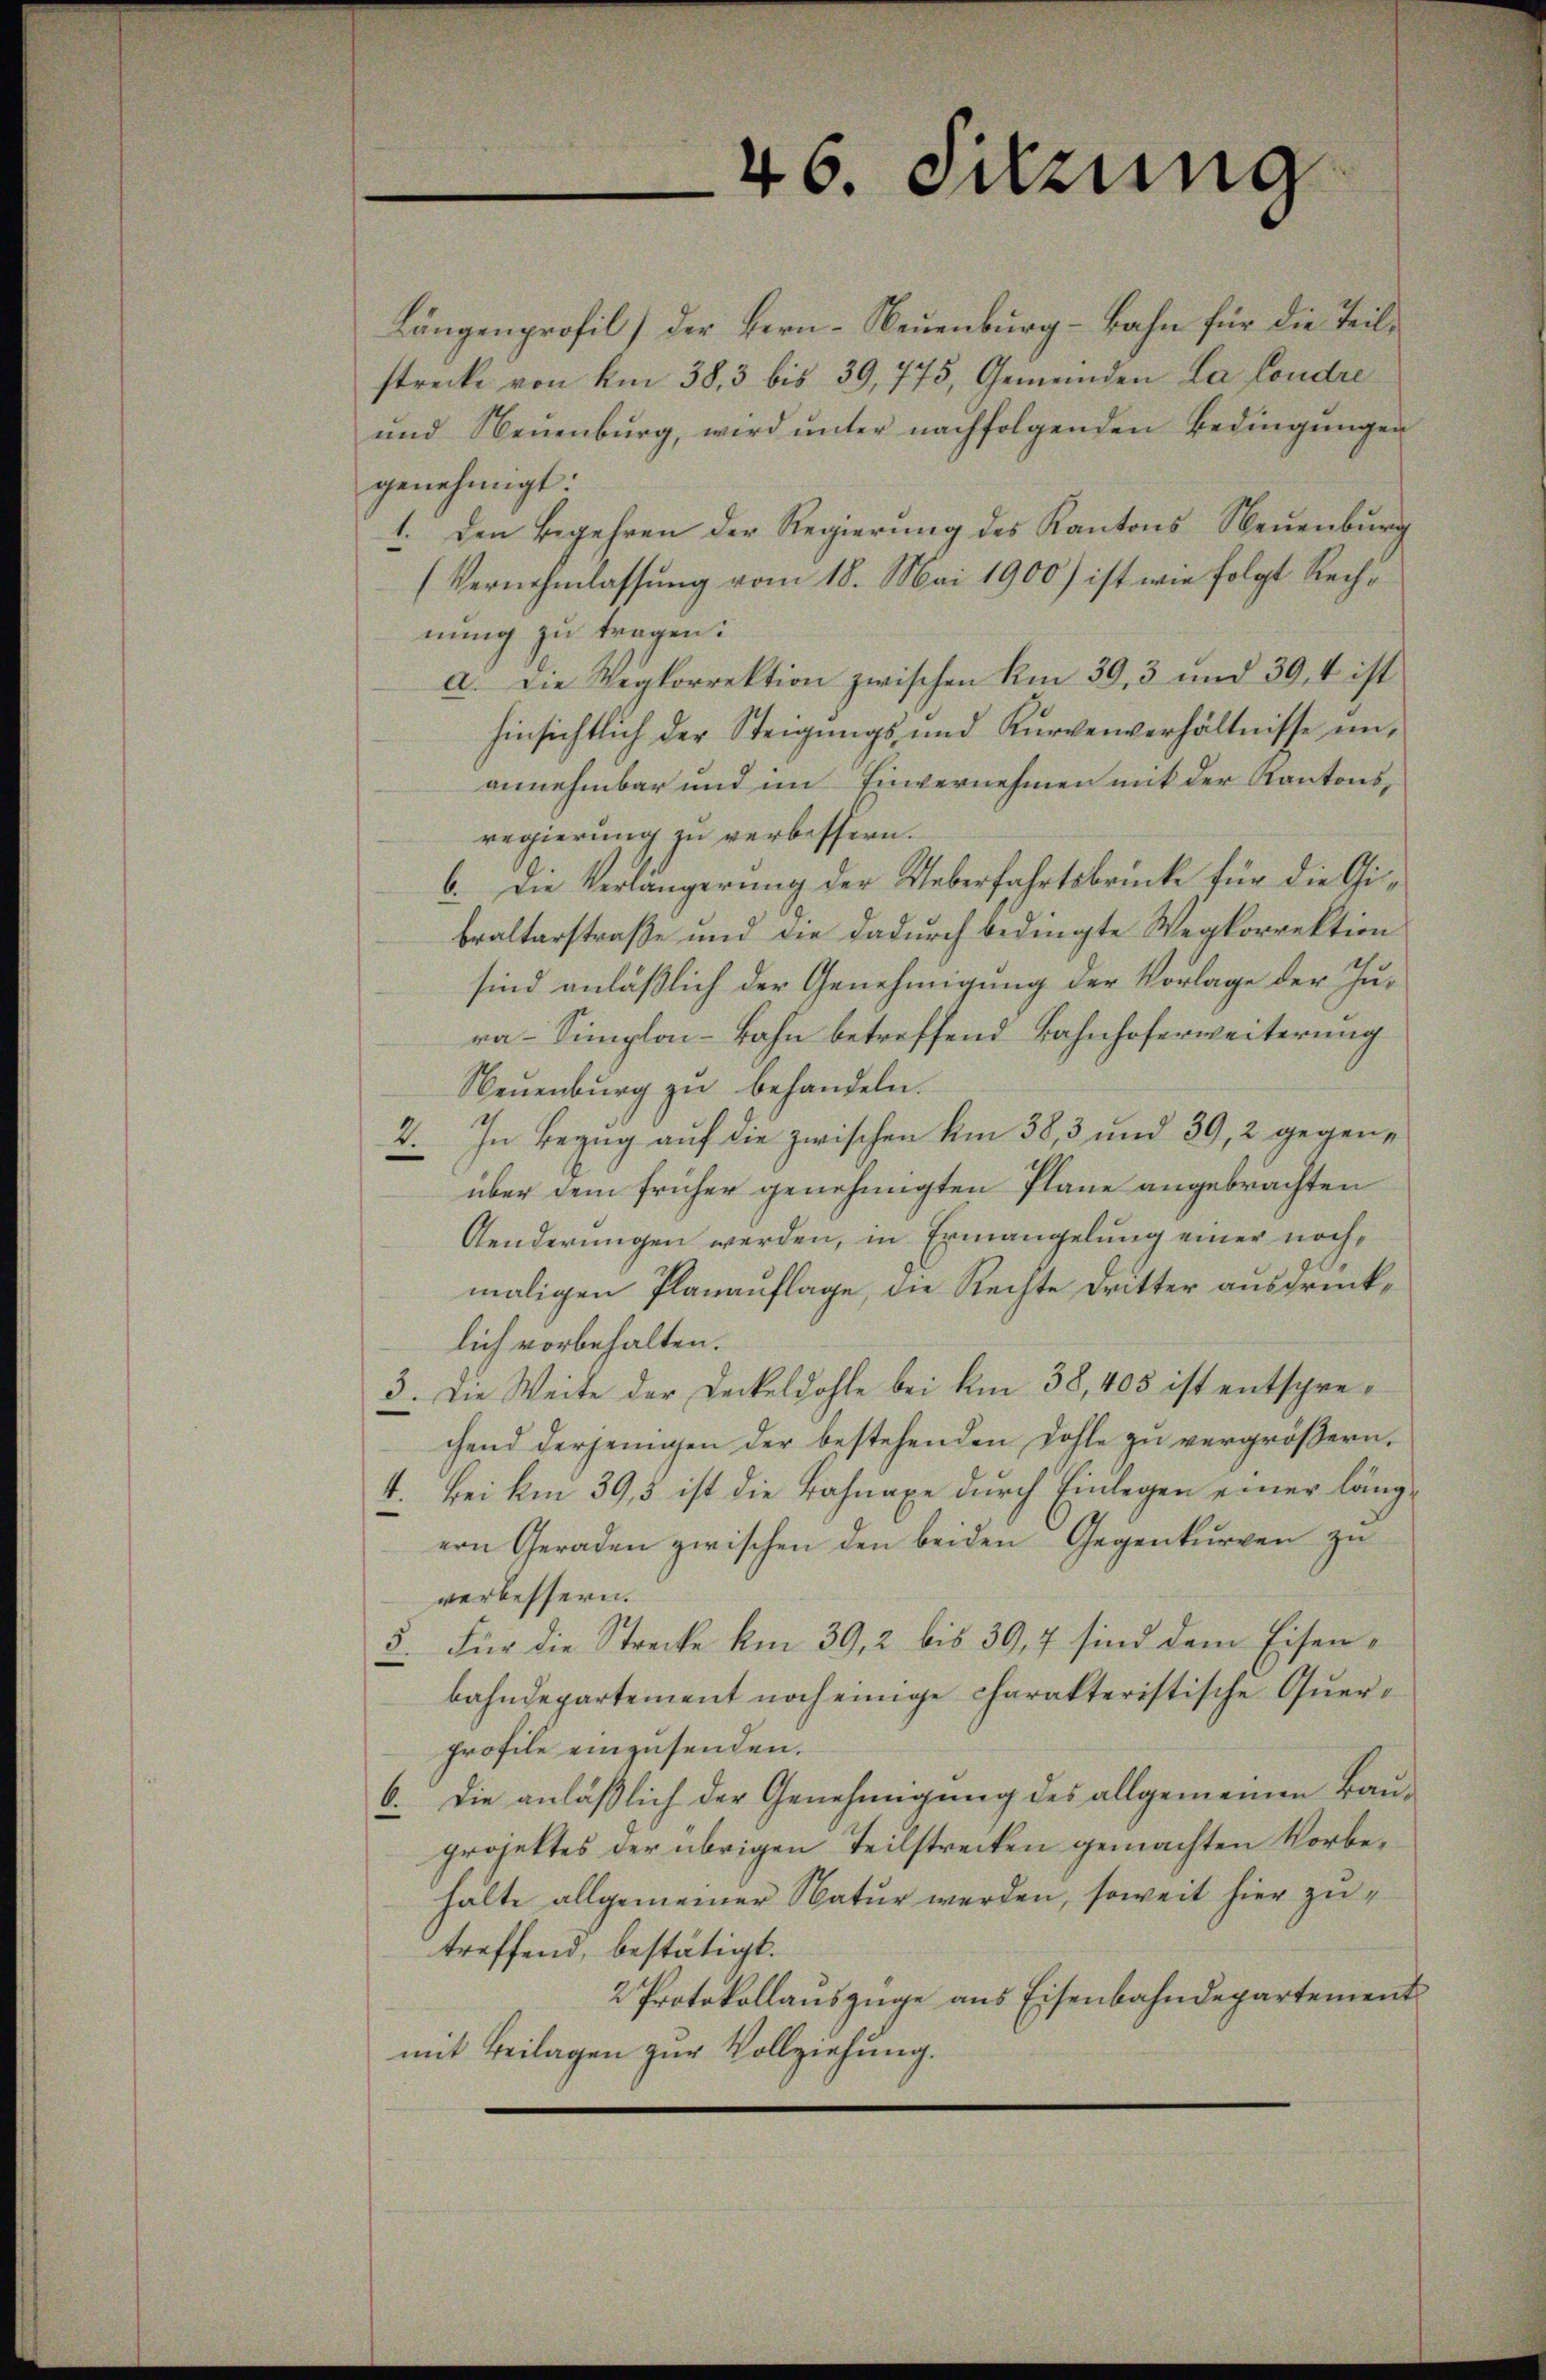
46. Sitzung

Längenprofil) der Bern-Neuenburg - Bahn für die Teilstrecke von Am 383 bis 39,775, Gemeinden La Condre
und Neuenburg, wird ŭnter nachfolgenden Bedingŭngen
genehmigt.
1. Den Begehren der Regierung des Kantons Neuenburg
(Vernehmlassung vom 18. Mai 1900) ist wie folgt Rechnung zu tragen:
a. Die Wegkorrektion zwischen Am 30. 3 und 39, 4 ist
hinsichtlich der Steigungs- und Kurvenverhältnisse unannehmbar und im Einvernehmen mit der Kantons,
regierung zu verbessern.
6. Die Verlängerung der Ueberfahrtsbrücke für die Gibralterstraße und die dadurch bedingte Wegkorrektion
sind anläßlich der Genehmigung der Vorlage der Jura-Simploi-Bahn betreffend Bahnhoferweiterung
Neuenburg zu behandeln.
2. In Bezug auf die zwischen um 38, 3 und 39, 2 gegenüber dem früher genehmigten Plane angebrachten
Aenderungen werden, in Ermangelung einer nochmaligen Planauflage, die Rechte Dritter ausdrücklich vorbehalten.
3. Die Weite der Deckeldohle bei km 38, 405 ist entsprechend derjenigen der bestehenden Dohle zu vergrößern.
4. Bei Am 39,5 ist die Bahnaxe durch Einlegen einer längern Geraden zwischen den beiden Gegenkurven zu
verbessern.
5. Für die Strecke km 39,2 bis 39,7 sind dem Eisenbahndepartement noch einige charakteristische Querprofile einzusenden.
6. Die anläßlich der Genehmigung des allgemeinen Bauprojektes der übrigen Teilstrecken gemachten Vorbehalte allgemeiner Natur werden, soweit hier zutreffend, bestätigt.
2 Protokollauszüge aus Eisenbahndepartement
mit Beilagen zur Vollziehung.